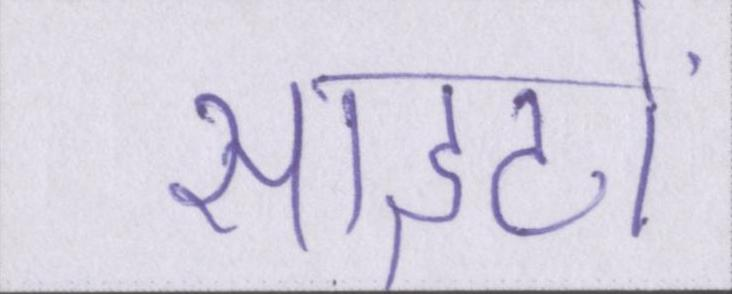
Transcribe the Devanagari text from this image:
साइटों